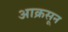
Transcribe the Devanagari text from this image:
आक्रसून